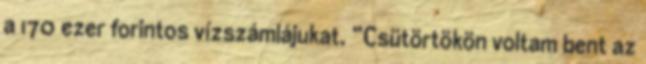
a 170 ezer forintos vízszámlájukat. “Csütörtökön voltam bent az